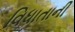
વિધાતાની